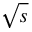
\sqrt { s }